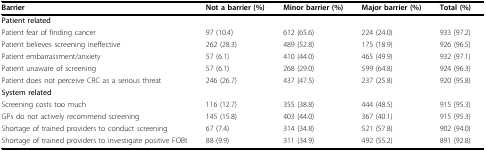
| Barrier | Not a barrier (%) | Minor barrier (%) | Major barrier (%) | Total (%) |
 | --- | --- | --- | --- | --- |
 | Patient related |  |  |  |  |
 | Patient fear of finding cancer | 97 (10.4) | 612 (65.6) | 224 (24.0) | 933 (97.2) |
 | Patient believes screening ineffective | 262 (28.3) | 489 (52.8) | 175 (18.9) | 926 (96.5) |
 | Patient embarrassment/anxiety | 57 (6.1) | 410 (44.0) | 465 (49.9) | 932 (97.1) |
 | Patient unaware of screening | 57 (6.1) | 268 (29.0) | 599 (64.8) | 924 (96.3) |
 | Patient does not perceive CRC as a serious threat | 246 (26.7) | 437 (47.5) | 237 (25.8) | 920 (95.8) |
 | System related |  |  |  |  |
 | Screening costs too much | 116 (12.7) | 355 (38.8) | 444 (48.5) | 915 (95.3) |
 | GPs do not actively recommend screening | 145 (15.8) | 403 (44.0) | 367 (40.1) | 915 (95.3) |
 | Shortage of trained providers to conduct screening | 67 (7.4) | 314 (34.8) | 521 (57.8) | 902 (94.0) |
 | Shortage of trained providers to investigate positive FOBt | 88 (9.9) | 311 (34.9) | 492 (55.2) | 891 (92.8) |